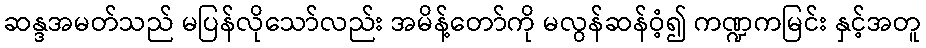
ဆန္ဒအမတ်သည် မပြန်လိုသော်လည်း အမိန့်တော်ကို မလွန်ဆန်ဝံ့၍ ကဏ္ဍကမြင်း နှင့်အတူ